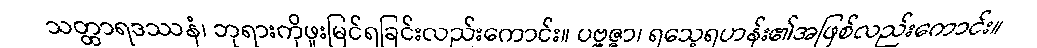
သတ္ထာရဒဿနံ၊ ဘုရားကိုဖူးမြင်ရခြင်းလည်းကောင်း။ ပဗ္ဗဇ္ဇာ၊ ရသေ့ရဟန်း၏အဖြစ်လည်းကောင်း။